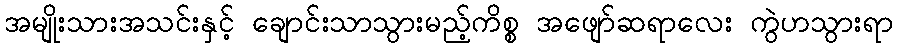
အမျိုးသားအသင်းနှင့် ချောင်းသာသွားမည့်ကိစ္စ အဖျော်ဆရာလေး ကွဲဟသွားရာ